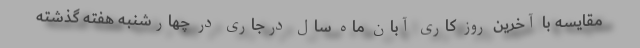
مقایسه با آخرین روز کاری آبان ماه سال درجاری در چهارشنبه هفته گذشته